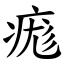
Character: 痝